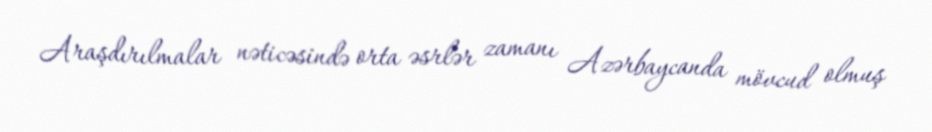
Araşdırılmalar nəticəsində orta əsrlər zamanı Azərbaycanda mövcud olmuş